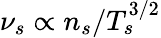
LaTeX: \nu_{s}\propto n_{s}/T_{s}^{3/2}